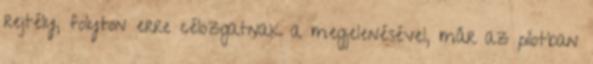
rejtély, folyton erre célozgatnak a megjelenésével, már az pilotban